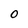
Character: O